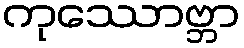
ကုဿောဗ္ဘာ